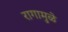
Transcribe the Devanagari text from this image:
रागामुळे